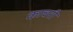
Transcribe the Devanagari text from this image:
काचरी